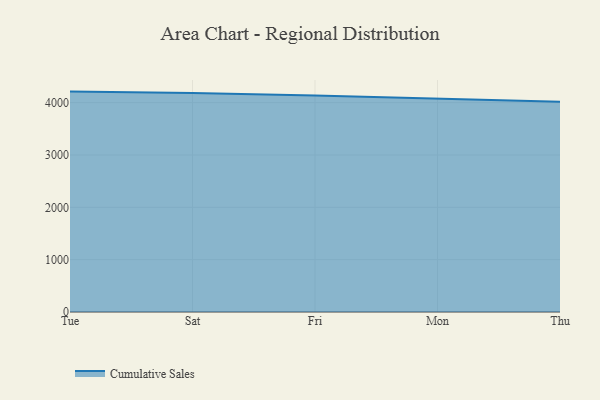
{"axis": {"x": "Day", "y": "Operating Costs (USD K)"}, "legend": ["Cumulative Sales"], "data": [{"x": "Tue", "y": 4211.5, "type": "Cumulative Sales"}, {"x": "Sat", "y": 4182.9, "type": "Cumulative Sales"}, {"x": "Fri", "y": 4138.2, "type": "Cumulative Sales"}, {"x": "Mon", "y": 4075.1, "type": "Cumulative Sales"}, {"x": "Thu", "y": 4016.2, "type": "Cumulative Sales"}]}